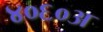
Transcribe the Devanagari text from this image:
४०६०अ